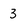
Character: 3